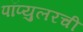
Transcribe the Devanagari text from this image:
पॉप्युलरची